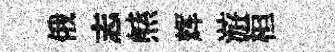
俄志㷱辉游桓